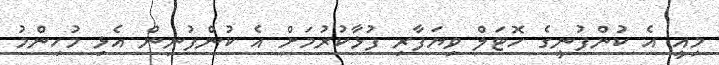
މިއީ އެ ކުންފުނީގެ ހޮޓަލް ވިޔަފާރި ފުޅާކުރުމަށް އެ ކުންފުނިން އެޅި މުހިންމު